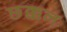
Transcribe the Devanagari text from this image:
छक्कन